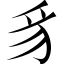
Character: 豸